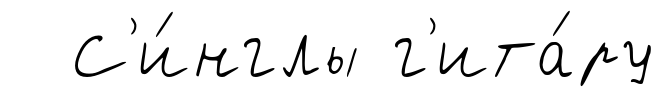
С'и́нглы г'ита́ру